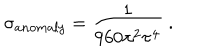
\sigma _ { a n o m a l y } = { \frac { 1 } { 9 6 0 \pi ^ { 2 } \tau ^ { 4 } } } \ .